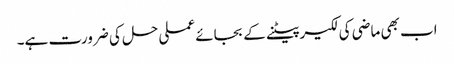
اب بھی ماضی کی لکیر پیٹنے کے بجائے عملی حل کی ضرورت ہے۔